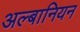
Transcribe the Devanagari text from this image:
अल्बानियन